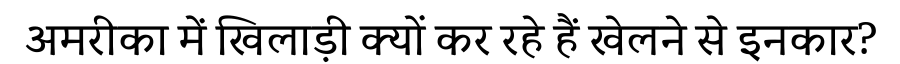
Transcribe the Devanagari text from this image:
अमरीका में खिलाड़ी क्यों कर रहे हैं खेलने से इनकार?